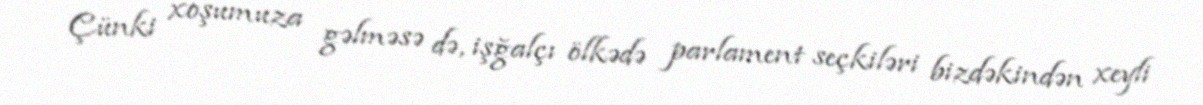
Çünki xoşumuza gəlməsə də, işğalçı ölkədə parlament seçkiləri bizdəkindən xeyli